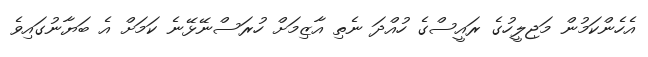
އެހެންކަމުން މަޖިލީހުގެ ރައީސްގެ ހުއްދަ ނެތި އާޒިމަށް ހުރަސްނޭޅޭނެ ކަމަށް އެ ބަޔާނުގައިވެ